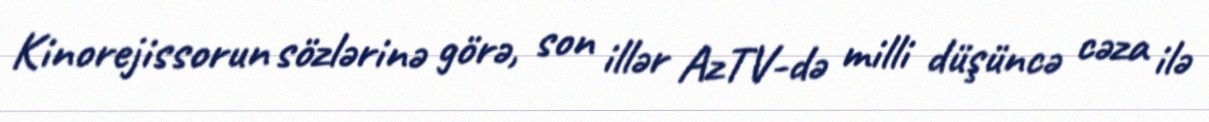
Kinorejissorun sözlərinə görə, son illər AzTV-də milli düşüncə cəza ilə